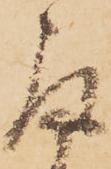
取